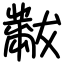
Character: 黻